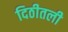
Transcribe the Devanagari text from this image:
दिठीतली